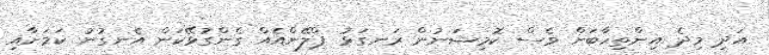
އަދި މިދެ އިންތިހާބަށް ވެސް ކޮމިޝަނުން ރަނގަޅު ޕްލޭންއެއް ގެންގުޅޭކަން އެނގުނު ކަމަށާއި